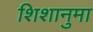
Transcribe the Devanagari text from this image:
शिशानुमा